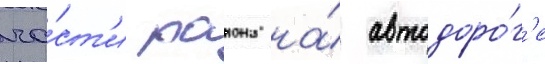
ча́ст'и раиона на́ автодоро́г'е